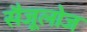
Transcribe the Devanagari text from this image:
सैजूलोज